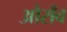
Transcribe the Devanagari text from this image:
औराँव